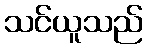
သင်ယူသည်